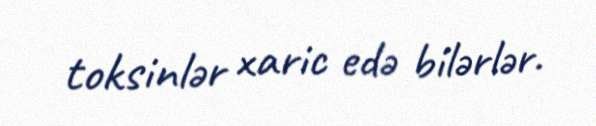
toksinlər xaric edə bilərlər.